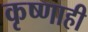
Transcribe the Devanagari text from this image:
कृष्णाही